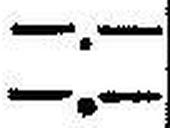
—.—